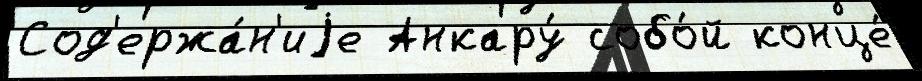
Сод'ержа́н'иjе Анкару́ собо́й конце́